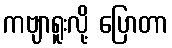
ကဗျာရူးလို့ ပြောတာ